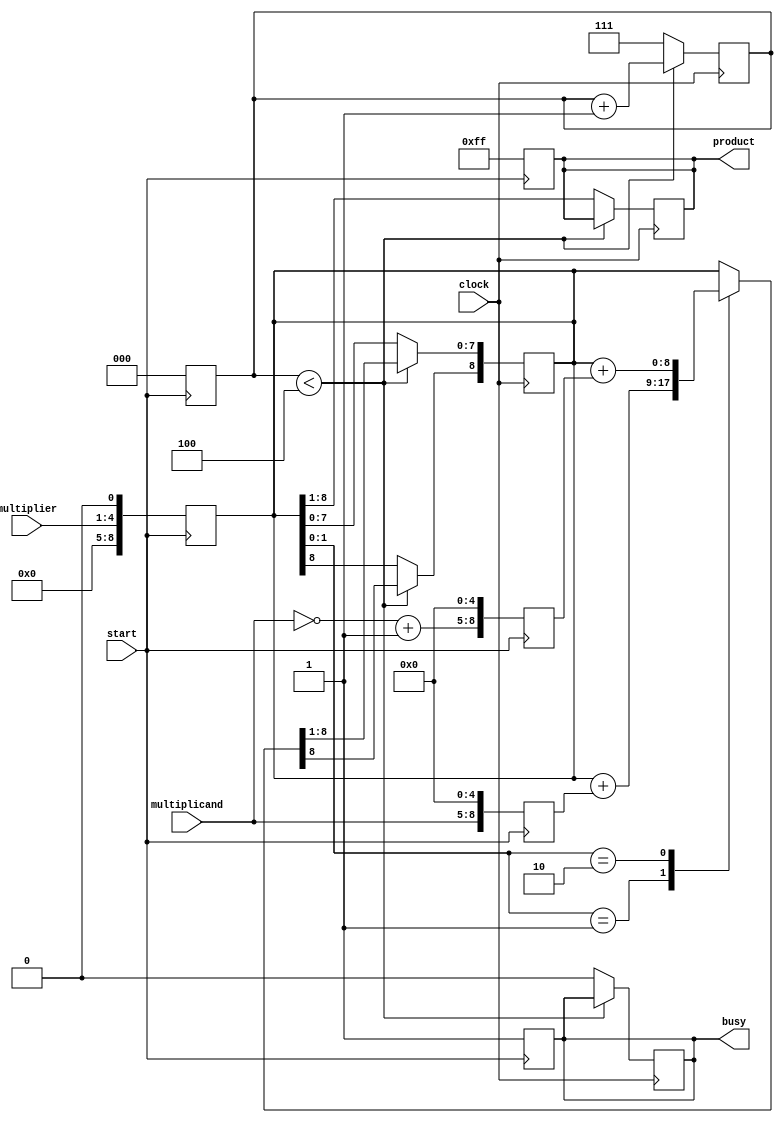
`timescale 1ns / 1ps
//////////////////////////////////////////////////////////////////////////////////
// Company: 
// Engineer: 
// 
// Design Name: 	 Gursimran Singh
// Module Name:    Booth_Multiplier_1 
// Project Name: 
// Target Devices: 
// Tool versions: 
// Description: 
//
// Dependencies: 
//
// Revision: 
// Revision 0.01 - File Created
// Additional Comments: 
//
//////////////////////////////////////////////////////////////////////////////////
module Booth_Multiplier_1 (product,
									multiplicand,
									multiplier,
									clock,
									start,
									busy);

	output reg [7:0] product;										// 8 bit product
	output reg busy;													// 1 bit busy
	input [3:0] multiplicand, multiplier;						// 4 bit inputs
	input clock, start;												// 1 bit inputs
	
	reg [8:0] A, S, P;
	reg [2:0] index;
	reg temp;
	
	always @(posedge start) begin									// Sensitive to START
	
		P = {4'b0000, multiplier, 1'b0};							// Setup P
		index = 3'b000;												// Start with Index '0'
		busy = 1'b1;													// Busy = '1' to say calculation has started
		product = 8'b11111111;										// Output stays high untill result is calculated (my implementation)
		A = {multiplicand, 5'b00000};								// Setup ADD and SUBTRACT Values
		S = {~multiplicand + 1'b1, 5'b00000};
		
	end
	
	always @(posedge clock) begin									// Sensitive to CLOCK only
		if (index < 3'b100) begin
		
			case ({P[1], P[0]})										// Check last two bits of P
				2'b01:	P = (P + A);								// ADD
				2'b10:	P = (P + S);								// SUBTRACT
			endcase
			
			// Signed Right Shift (Tried ">>>" but didn't work)
			temp = P[8];												// Copy MSB
			P = P >> 1;													// Right Shift by 1
			P[8] = temp;												// Set MSB = previous MSB
			
			index = index + 1'b1;									// Increment index
		end else begin
		
			busy = 1'b0;												// Busy = '0' to say calculation has finished
			{product, temp} = P;										// product = leftmost 8 bits of P | temp acts as a temporary buffer
			index = 3'b111;											// Set index to a value at which above clause won't execute for successive clocks
		
		end
	end


endmodule